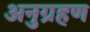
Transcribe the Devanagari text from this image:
अनुग्रहण